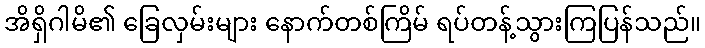
အိရှိဂါမိ၏ ခြေလှမ်းများ နောက်တစ်ကြိမ် ရပ်တန့်သွားကြပြန်သည်။